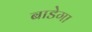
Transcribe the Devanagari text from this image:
बाडेगा